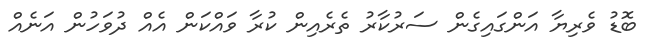
ބޮޑު ވެރިޔާ އަންގައިގެން ސަރުކާރު ތެރެއިން ކުރާ ވައްކަން އެއް ދުވަހުން އަނެއް